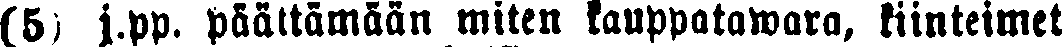
(5) j.pp. päättämään miten kauppatawara, kiinteimet